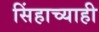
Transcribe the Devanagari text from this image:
सिंहाच्याही